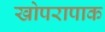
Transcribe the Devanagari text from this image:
खोपरापाक